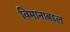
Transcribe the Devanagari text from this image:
विमानाबद्दल